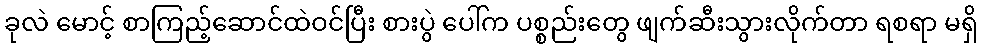
ခုလဲ မောင့် စာကြည့်ဆောင်ထဲဝင်ပြီး စားပွဲ ပေါ်က ပစ္စည်းတွေ ဖျက်ဆီးသွားလိုက်တာ ရစရာ မရှိ